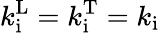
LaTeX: k_{\mathrm{i}}^{\mathrm{L}}=k_{\mathrm{i}}^{\mathrm{T}}=k_{\mathrm{i}}